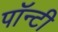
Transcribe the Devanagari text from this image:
पॉन्टी